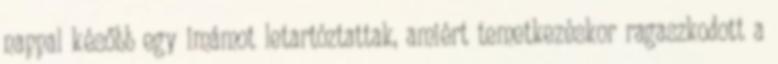
nappal később egy imámot letartóztattak, amiért temetkezéskor ragaszkodott a